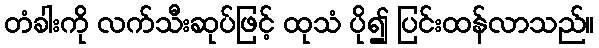
တံခါးကို လက်သီးဆုပ်ဖြင့် ထုသံ ပို၍ ပြင်းထန်လာသည်။